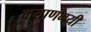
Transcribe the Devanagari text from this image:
कयाणमयी